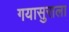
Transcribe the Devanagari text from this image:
गयासुराला